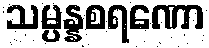
သမ္ပန္နစရဏော